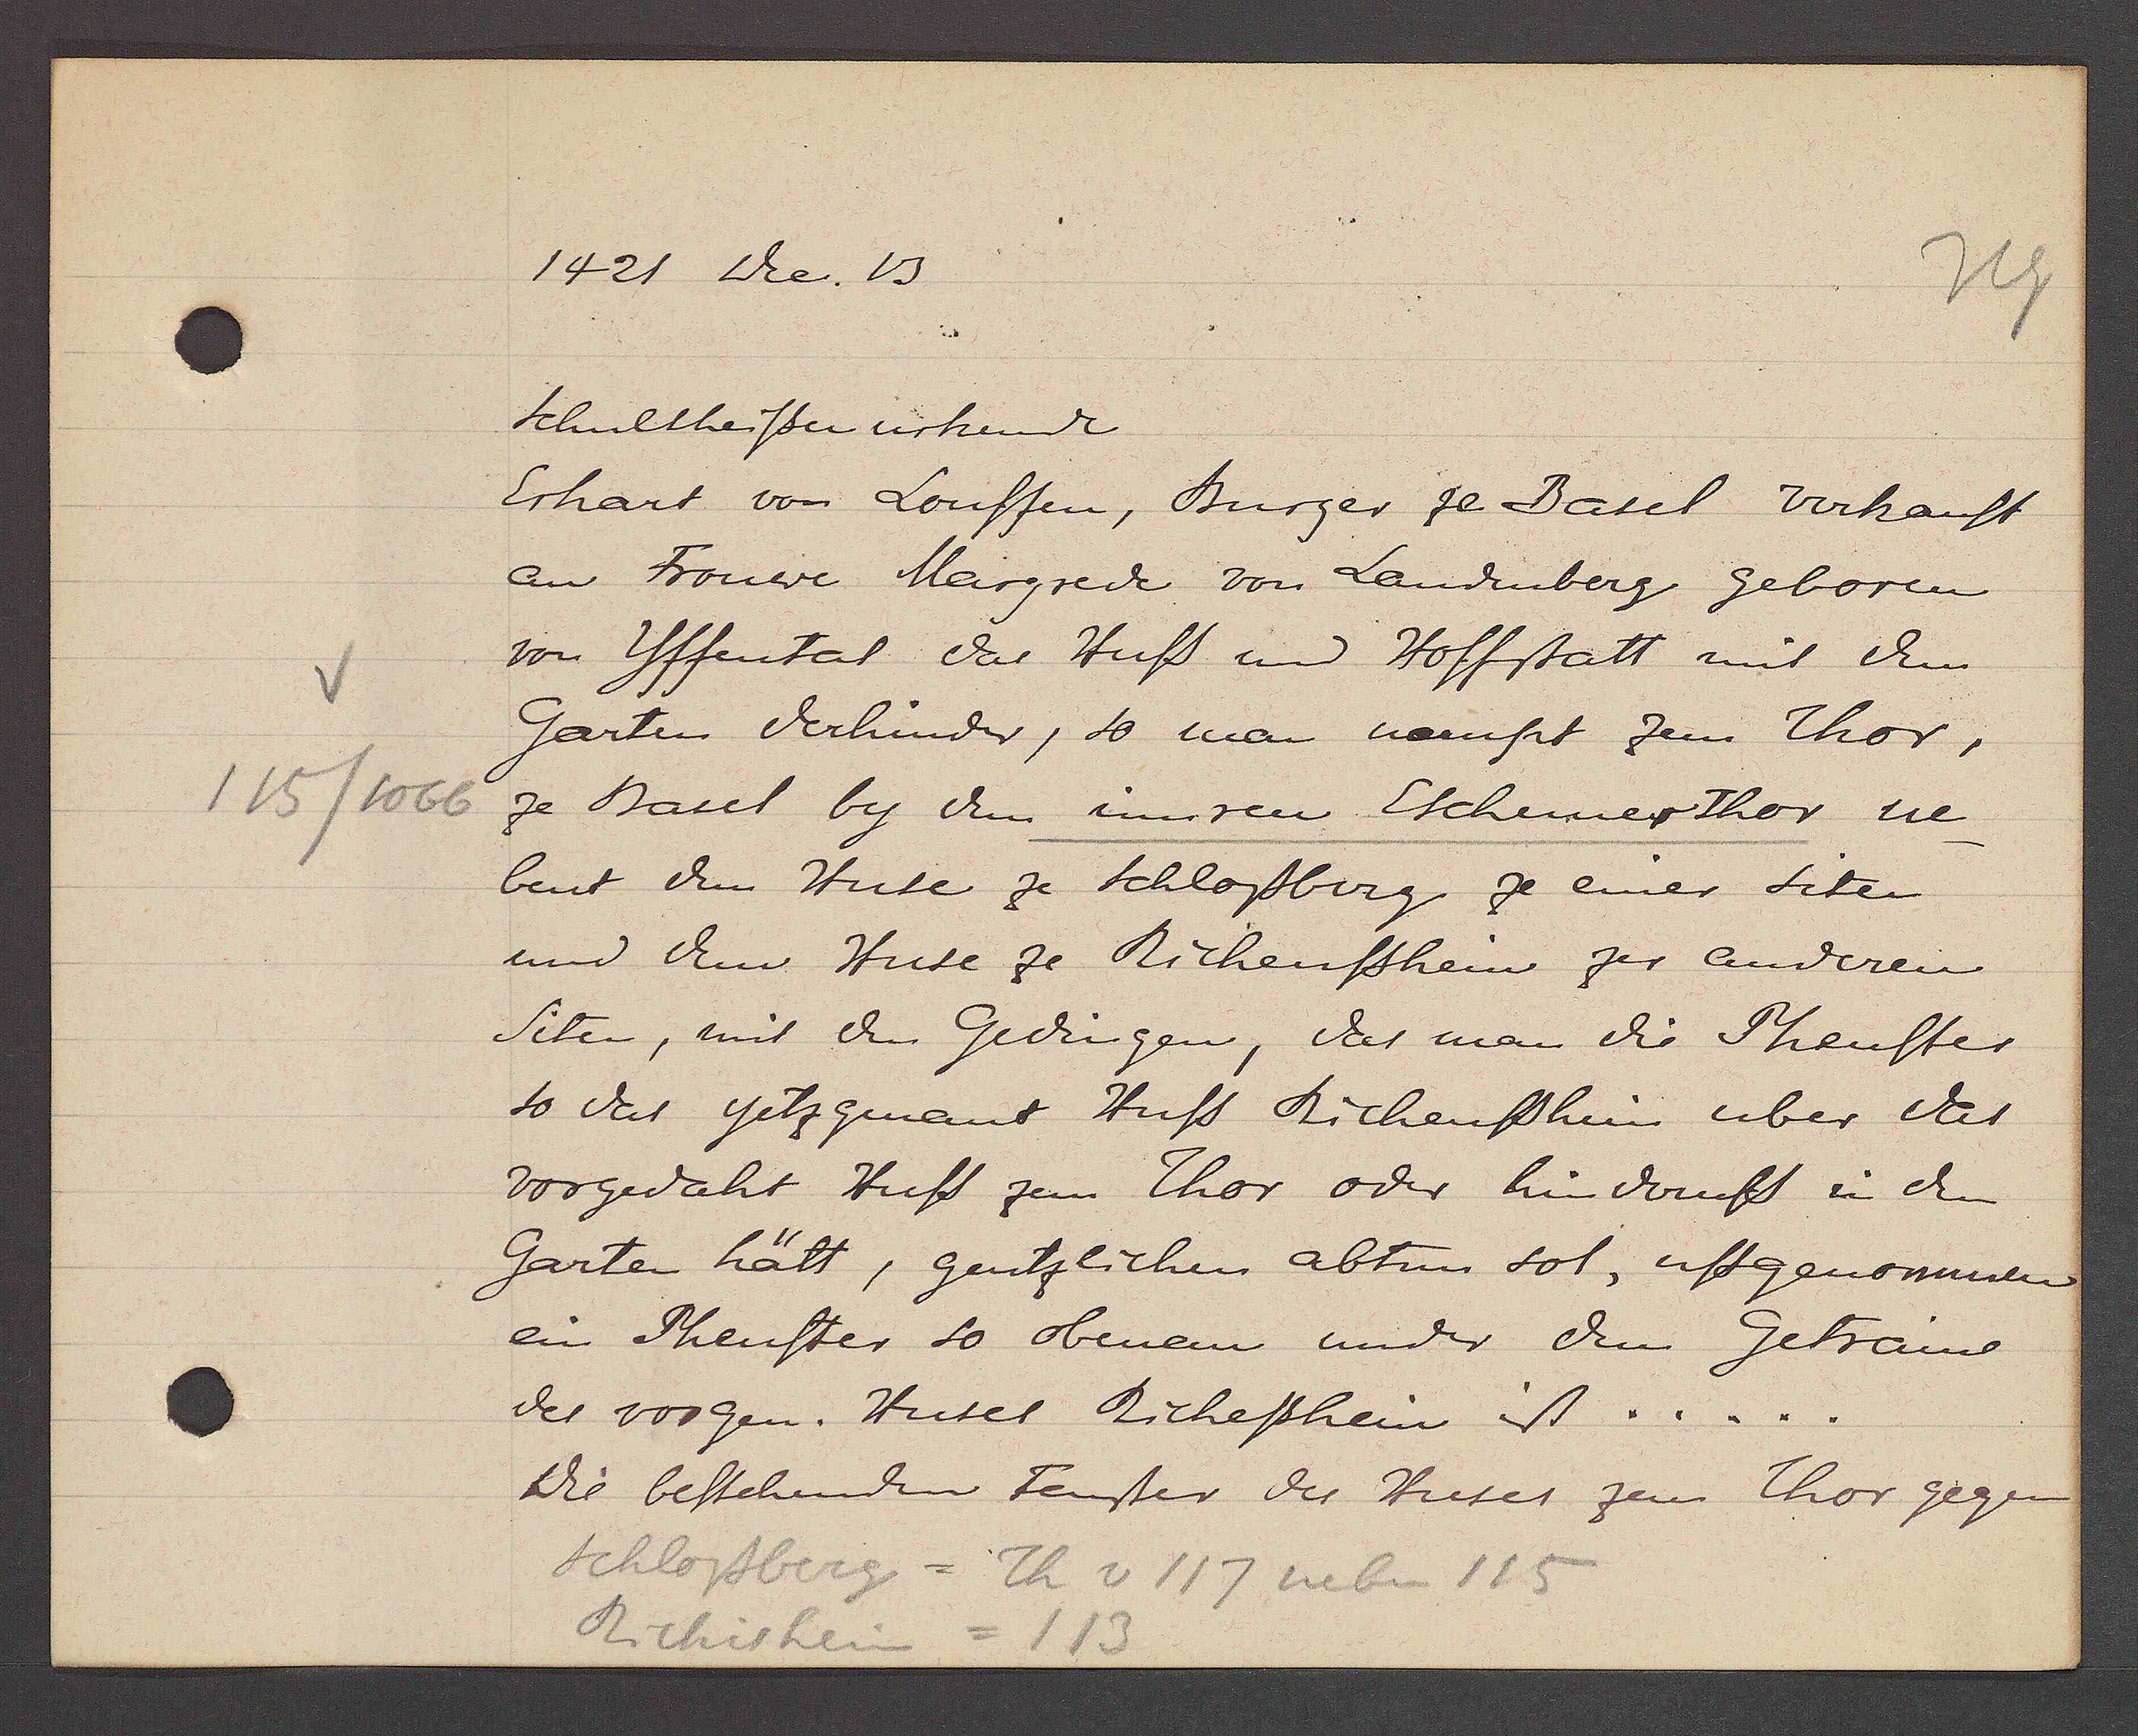
Transcript:
115/1066

1421 sber. 13

Schultheissen urkunde
Erhart von Louffen, Burger ze Basel verkauft
au Frouwe Margred von Landenberg geboren
von Uffental das Huss und Hoffstatt mit dem
Garten derhinder, so man namset zem Thor,
ze Basel by dem innren Eschener Thor ne-
bent dem Huse ze Schlossberg ze einer seiten
und dem Huse ze Richenssheim zer anderen
Siten, mit den Gedingen, das man die Phenster
so das yetz genant Huss Richenssheim uber das
vorgedaht Huss zem Thor oder hinderuss in den
Garten hätt, gentzlichen abtun sol, uffgenommen
ein Phenster so obenen under dem Getraind
des vorgen. Huses Richssheim ist ...
Die bestehenden Fenster des Huses zem Thor gegen

Schlossberg = Th v 117 neben 115
Richisheim = 113